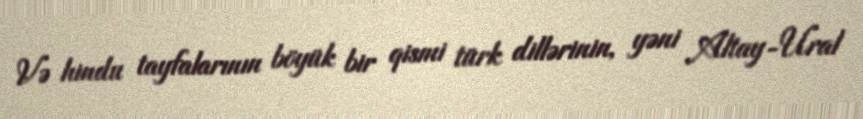
Və hindu tayfalarının böyük bir qismi türk dillərinin, yəni Altay-Ural